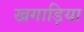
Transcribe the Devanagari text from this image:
खगाड़िया